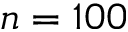
n = 1 0 0